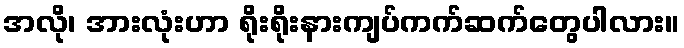
အလို၊ အားလုံးဟာ ရိုးရိုးနားကျပ်ကက်ဆက်တွေပါလား။